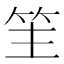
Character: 䇠